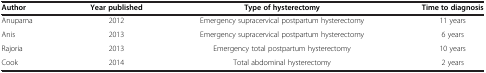
<table><thead><tr><td><b>Author</b></td><td><b>Year published</b></td><td><b>Type of hysterectomy</b></td><td><b>Time to diagnosis</b></td></tr></thead><tbody><tr><td>Anupama</td><td>2012</td><td>Emergency supracervical postpartum hysterectomy</td><td>11 years</td></tr><tr><td>Anis</td><td>2013</td><td>Emergency supracervical postpartum hysterectomy</td><td>6 years</td></tr><tr><td>Rajoria</td><td>2013</td><td>Emergency total postpartum hysterectomy</td><td>10 years</td></tr><tr><td>Cook</td><td>2014</td><td>Total abdominal hysterectomy</td><td>2 years</td></tr></tbody></table>